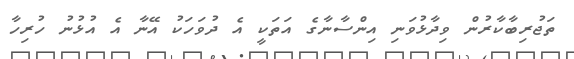
ތަޖުރިބާކާރުން ވިދާޅުވަނި އިންސާނާގެ އަތަކީ އެ ދުވަހަކު އޭނާ އެ އުޅުނު ހުރިހާ